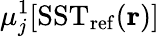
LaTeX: \mu_{j}^{1}[\mathrm{SST}_{\mathrm{ref}}(\mathbf{r})]